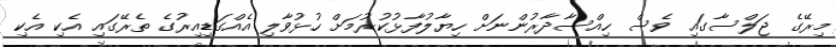
މިރޭގެ ޖަލްސާގައި ވެސް ހިއްސާދާރުންނަށް ހިޔާލުފާޅުކުރުމަށް ހުޅުވާލި އެއްގަޑިއިރުގެ ތެރޭގައި އެކި އެކި